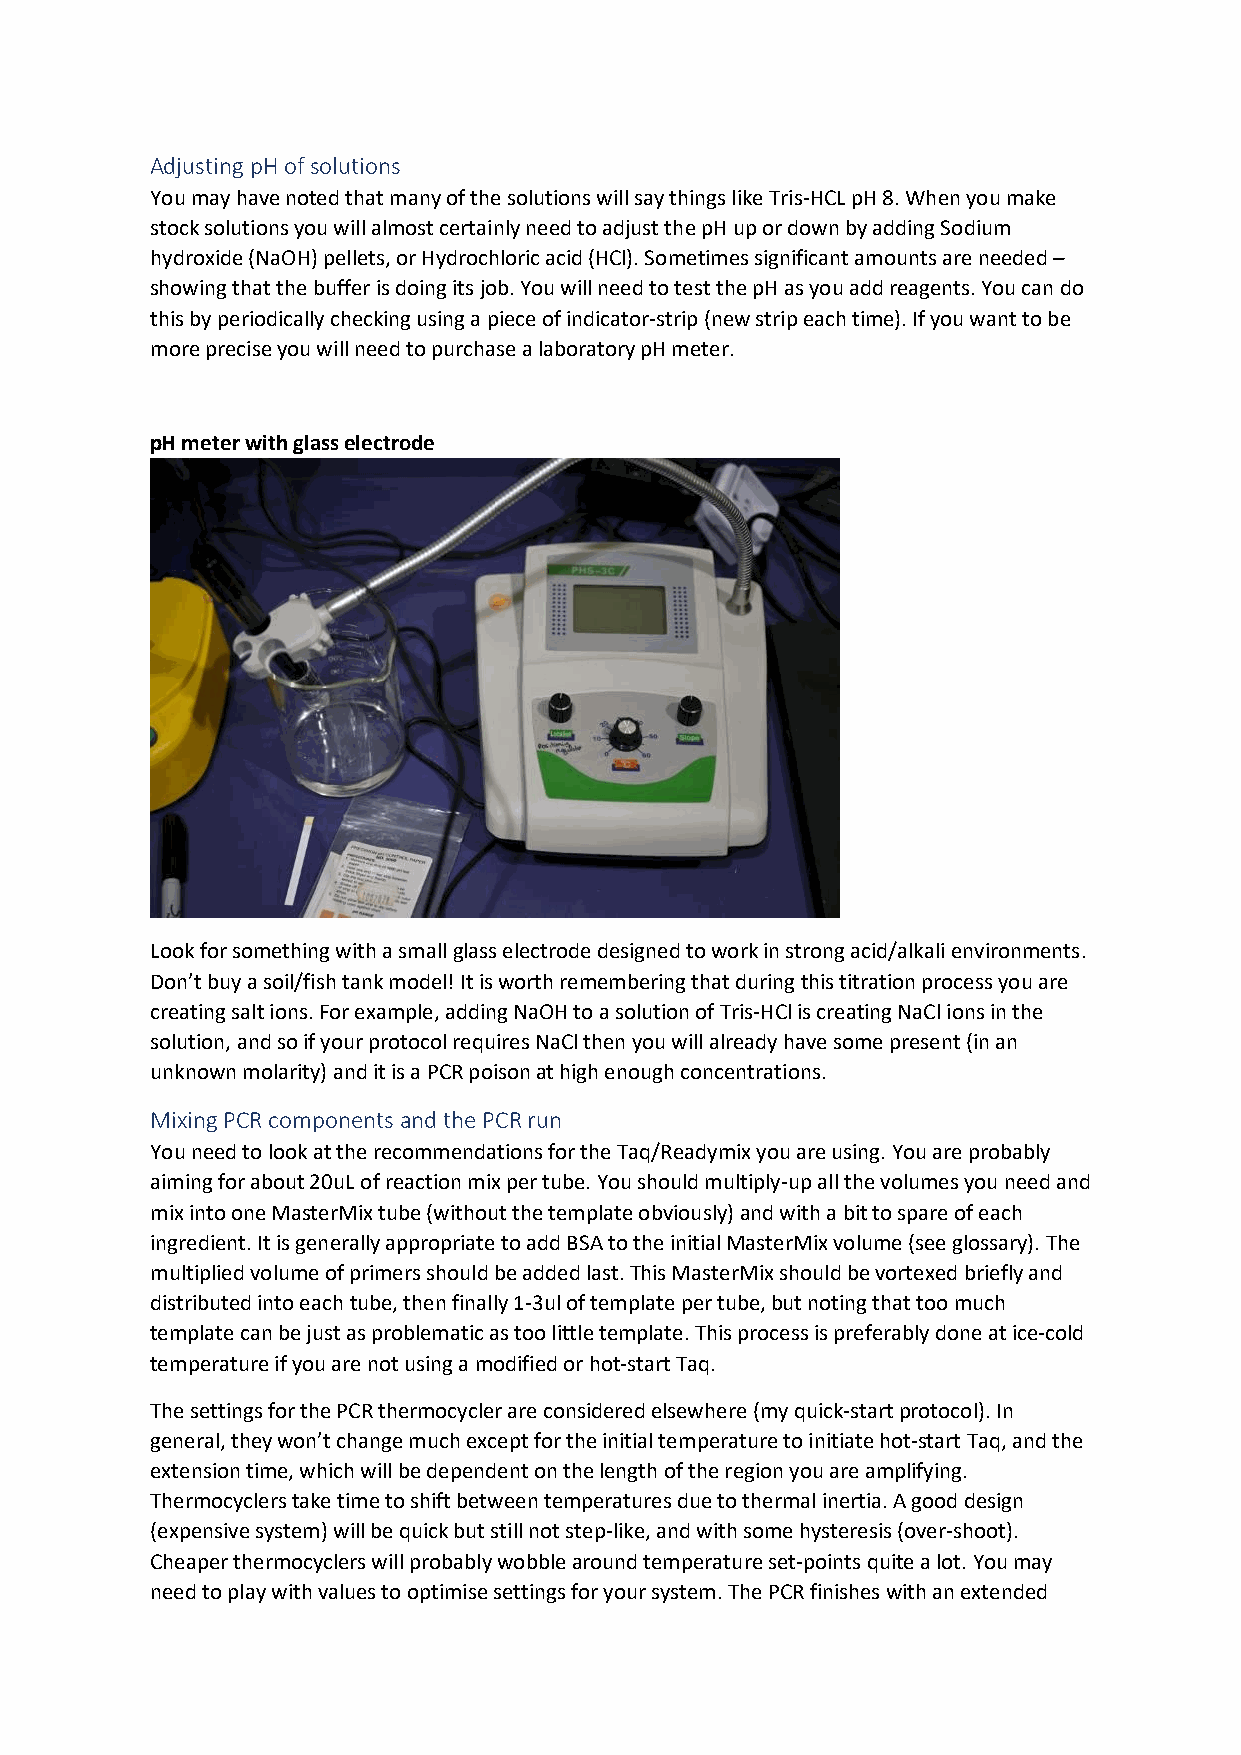
Adjusting pH of solutions
 You may have noted that many of the solutions will say things like Tris-HCL pH 8. When you make
 stock solutions you will almost certainly need to adjust the pH up or down by adding Sodium
 hydroxide (NaOH) pellets, or Hydrochloric acid (HCl). Sometimes significant amounts are needed –
 showing that the buffer is doing its job. You will need to test the pH as you add reagents. You can do
 this by periodically checking using a piece of indicator-strip (new strip each time). If you want to be
 more precise you will need to purchase a laboratory pH meter.
 pH meter with glass electrode
 Look for something with a small glass electrode designed to work in strong acid/alkali environments.
 Don’t buy a soil/fish tank model! It is worth remembering that during this titration process you are
 creating salt ions. For example, adding NaOH to a solution of Tris-HCl is creating NaCl ions in the
 solution, and so if your protocol requires NaCl then you will already have some present (in an
 unknown molarity) and it is a PCR poison at high enough concentrations.
 Mixing PCR components and the PCR run
 You need to look at the recommendations for the Taq/Readymix you are using. You are probably
 aiming for about 20uL of reaction mix per tube. You should multiply-up all the volumes you need and
 mix into one MasterMix tube (without the template obviously) and with a bit to spare of each
 ingredient. It is generally appropriate to add BSA to the initial MasterMix volume (see glossary). The
 multiplied volume of primers should be added last. This MasterMix should be vortexed briefly and
 distributed into each tube, then finally 1-3ul of template per tube, but noting that too much
 template can be just as problematic as too little template. This process is preferably done at ice-cold
 temperature if you are not using a modified or hot-start Taq.
 The settings for the PCR thermocycler are considered elsewhere (my quick-start protocol). In
 general, they won’t change much except for the initial temperature to initiate hot-start Taq, and the
 extension time, which will be dependent on the length of the region you are amplifying.
 Thermocyclers take time to shift between temperatures due to thermal inertia. A good design
 (expensive system) will be quick but still not step-like, and with some hysteresis (over-shoot).
 Cheaper thermocyclers will probably wobble around temperature set-points quite a lot. You may
 need to play with values to optimise settings for your system. The PCR finishes with an extended